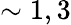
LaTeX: \sim 1,3